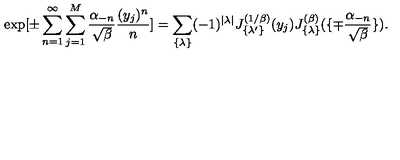
\exp [ \pm \sum _ { n = 1 } ^ { \infty } \sum _ { j = 1 } ^ { M } { \frac { \alpha _ { - n } } { \sqrt { \beta } } } { \frac { ( y _ { j } ) ^ { n } } { n } } ] = \sum _ { \{ \lambda \} } ( - 1 ) ^ { | \lambda | } J _ { \{ \lambda ^ { \prime } \} } ^ { ( 1 / \beta ) } ( y _ { j } ) J _ { \{ \lambda \} } ^ { ( \beta ) } ( \{ \mp { \frac { \alpha _ { - n } } { \sqrt { \beta } } } \} ) .